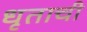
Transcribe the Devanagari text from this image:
धृताची